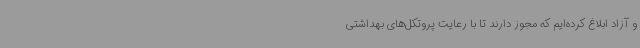
و آزاد ابلاغ کرده‌ایم که مجوز دارند تا با رعایت پروتکل‌های بهداشتی